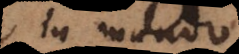
in mundo